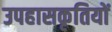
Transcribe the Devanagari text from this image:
उपहासकृतियों